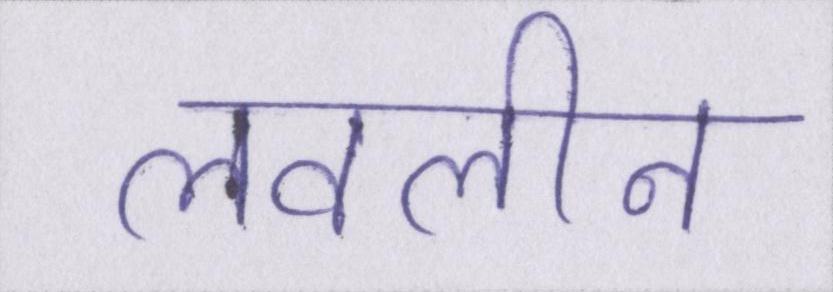
लवलीन